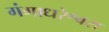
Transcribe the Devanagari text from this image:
गंगाधरेश्वरा